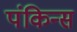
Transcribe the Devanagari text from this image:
पंकिन्स